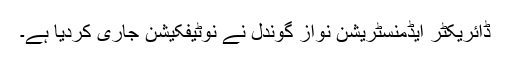
ڈائریکٹر ایڈمنسٹریشن نواز گوندل نے نوٹیفکیشن جاری کردیا ہے۔